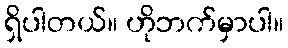
ရှိပါတယ်။ ဟိုဘက်မှာပါ။